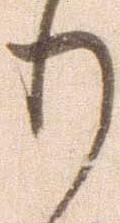
り